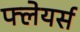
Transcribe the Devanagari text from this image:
फ्लेयर्स